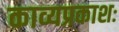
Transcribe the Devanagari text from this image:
काव्यप्रकाशः